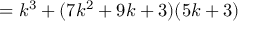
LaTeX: = k ^ { 3 } + ( 7 k ^ { 2 } + 9 k + 3 ) ( 5 k + 3 )